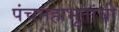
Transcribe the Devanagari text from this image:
पंचमहाभूतांची